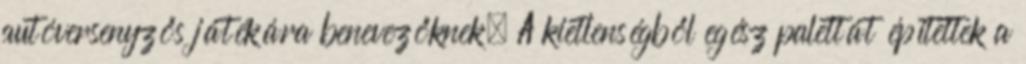
autóversenyzős játékára benevezőknek. A kietlenségből egész palettát építettek a